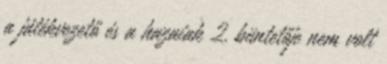
a játékvezető és a hazaiak 2. büntetője nem volt